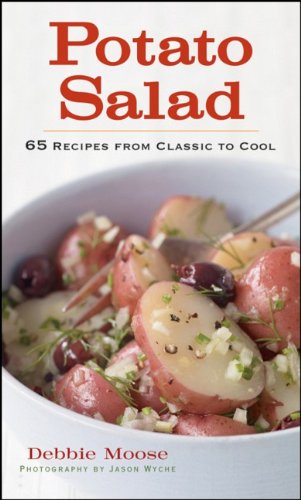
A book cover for Potato Salad: 65 Recipes from Classic to Cool; Debbie Moose; Cookbooks, Food & Wine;